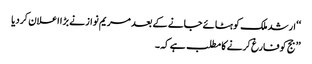
‘‘ ارشد ملک کو ہٹائے جانے کے بعد مریم نواز نے بڑا اعلان کردیا
’’ جج کو فارغ کرنے کا مطلب ہے کہ ۔